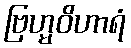
ဗြဟ္မဝိဟာရံ